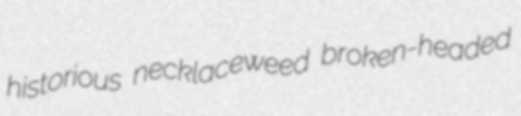
historious necklaceweed broken-headed